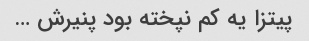
پیتزا یه کم نپخته بود پنیرش …